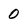
Character: 0